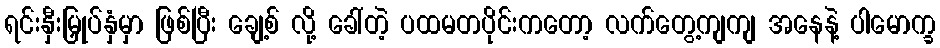
ရင်းနှီးမြှုပ်နှံမှာ ဖြစ်ပြီး ချေ့စ် လို့ ခေါ်တဲ့ ပထမတပိုင်းကတော့ လက်တွေ့ကျကျ အနေနဲ့ ပါမောက္ခ